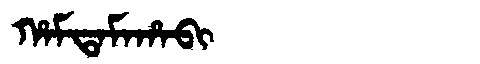
Manchu: ᡥᠠᠮᡨᠠᠮᠠᡥᠠᠪᡳ
Romanization: HAMTAMAHABI